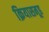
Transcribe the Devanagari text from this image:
क्रियासमूह